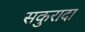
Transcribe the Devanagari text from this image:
सकुरादा